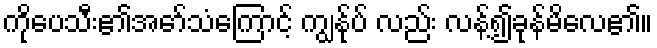
ကိုပေသီး၏အော်သံကြောင့် ကျွန်ုပ် လည်း လန့်၍ခုန်မိလေ၏။